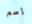
إسم